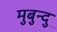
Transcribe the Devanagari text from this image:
मुबुन्दु